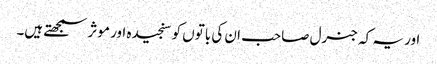
اور یہ کہ جنرل صاحب ان کی باتوں کو سنجیدہ اور موثر سمجھتے ہیں۔